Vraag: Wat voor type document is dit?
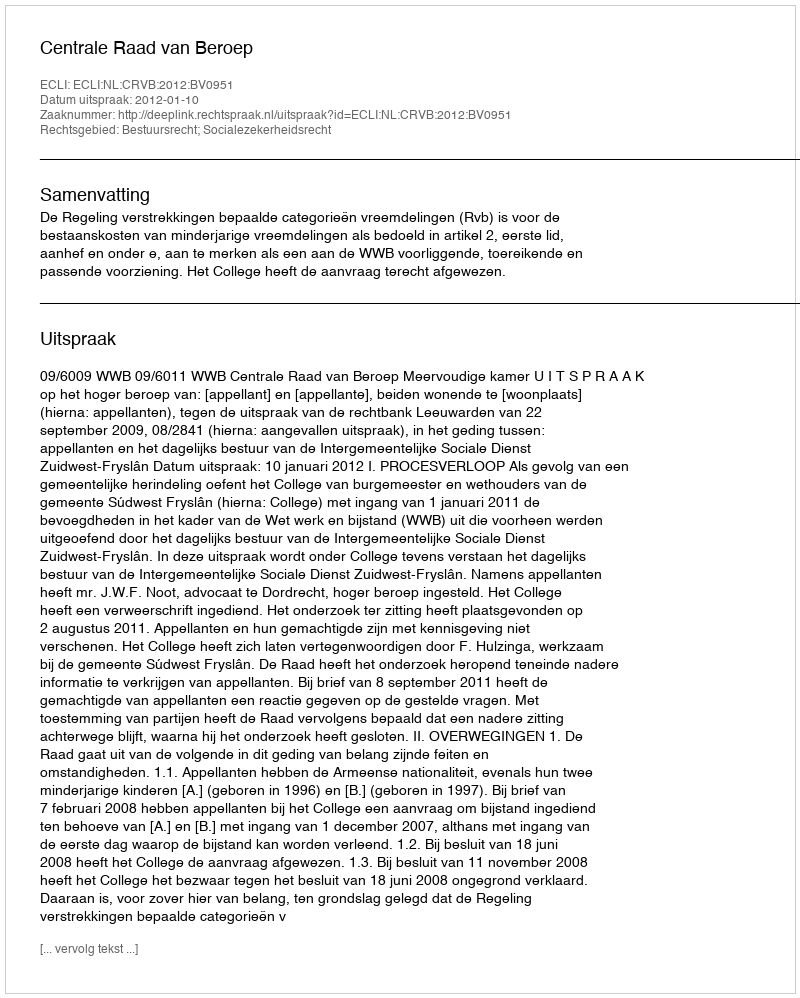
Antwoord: Uitspraak